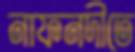
নাফনদীতে